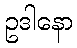
ဥဒါနော